Leaving Certificate Examination (including Day School Certificate (Higher) General paper), 1937
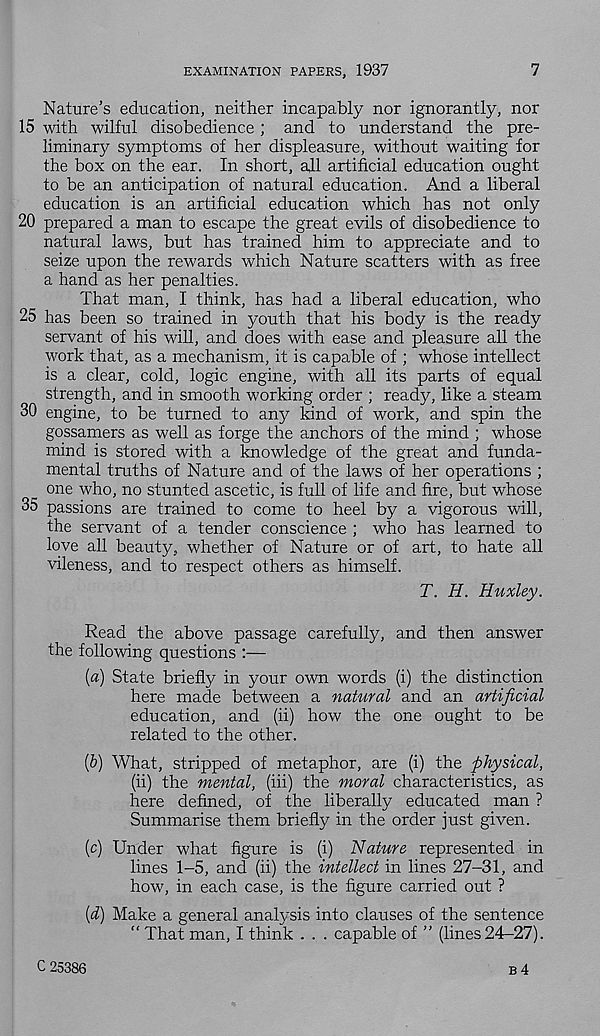
EXAMINATION PAPERS, 1937
7
Nature’s education, neither incapably nor ignorantly, nor
15 with wilful disobedience ; and to understand the pre-
liminary symptoms of her displeasure, without waiting for
the box on the ear. In short, all artificial education ought
to be an anticipation of natural education. And a liberal
education is an artificial education which has not only
20 prepared a man to escape the great evils of disobedience to
natural laws, but has trained him to appreciate and to
seize upon the rewards which Nature scatters with as free
a hand as her penalties.
That man, I think, has had a liberal education, who
25 has been so trained in youth that his body is the ready
servant of his will, and does with ease and pleasure all the
work that, as a mechanism, it is capable of ; whose intellect
is a clear, cold, logic engine, with all its parts of equal
strength, and in smooth working order ; ready, like a steam
30 engine, to be turned to any kind of work, and spin the
gossamers as well as forge the anchors of the mind ; whose
mind is stored with a knowledge of the great and funda-
mental truths of Nature and of the laws of her operations ;
one who, no stunted ascetic, is full of life and fire, but whose
35 passions are trained to come to heel by a vigorous will,
the servant of a tender conscience ; who has learned to
love all beauty, whether of Nature or of art, to hate all
vileness, and to respect others as himself.
T. H. Huxley.
Read the above passage carefully, and then answer
the following questions :—
[a) State briefly in your own words (i) the distinction
here made between a natural and an artificial
education, and (ii) how the one ought to be
related to the other.
(&) What, stripped of metaphor, are (i) the physical,
(ii) the mental, (iii) the moral characteristics, as
here defined, of the liberally educated man ?
Summarise them briefly in the order just given.
(c) Under what figure is (i) Nature represented in
lines 1-5, and (ii) the intellect in lines 27-31, and
how, in each case, is the figure carried out ?
(d) Make a general analysis into clauses of the sentence
“ That man, I think . . . capable of ” (lines 24-27).
C 25386
B4